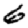
Digit: 6